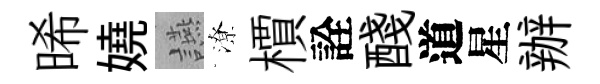
晞嬈讌潦檟詮醆道星辦